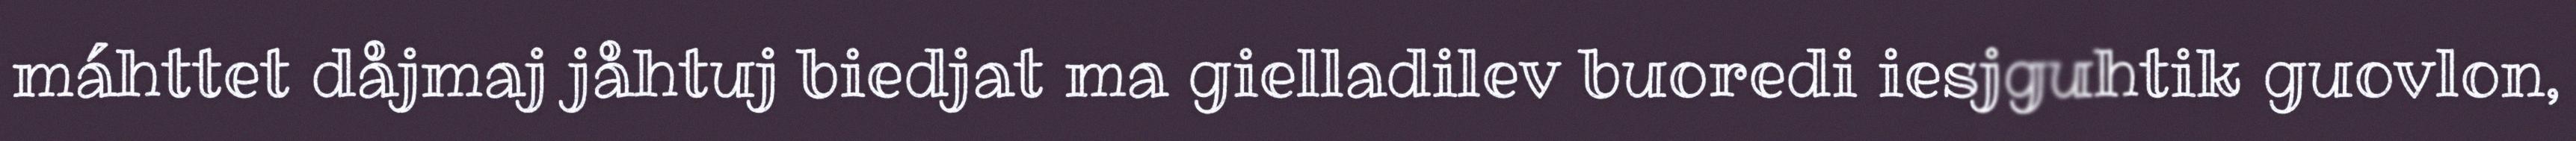
máhttet dåjmaj jåhtuj biedjat ma gielladilev buoredi iesjguhtik guovlon,